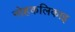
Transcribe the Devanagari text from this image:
नोहकलिकाइ